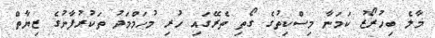
މާލެ ބިހުރޯޒު ކަމަނާ މިސްކިތުގެ ގޯތި ތެރޭގައި ހުރި މުހަމްމަދު ތަކުރުފާނުގެ ޒިޔާތް